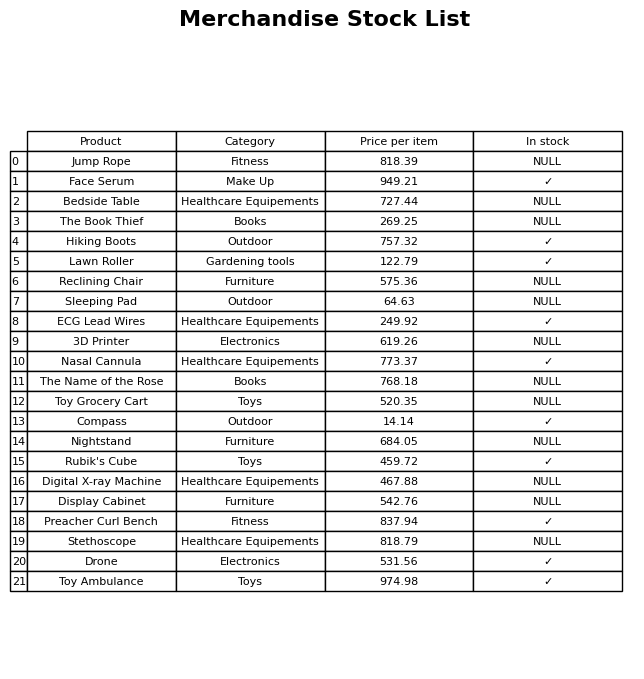
question: What is the price for Lawn Roller?
answer: The price of Lawn Roller is 122.79.